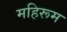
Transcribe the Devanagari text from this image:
महिरूम